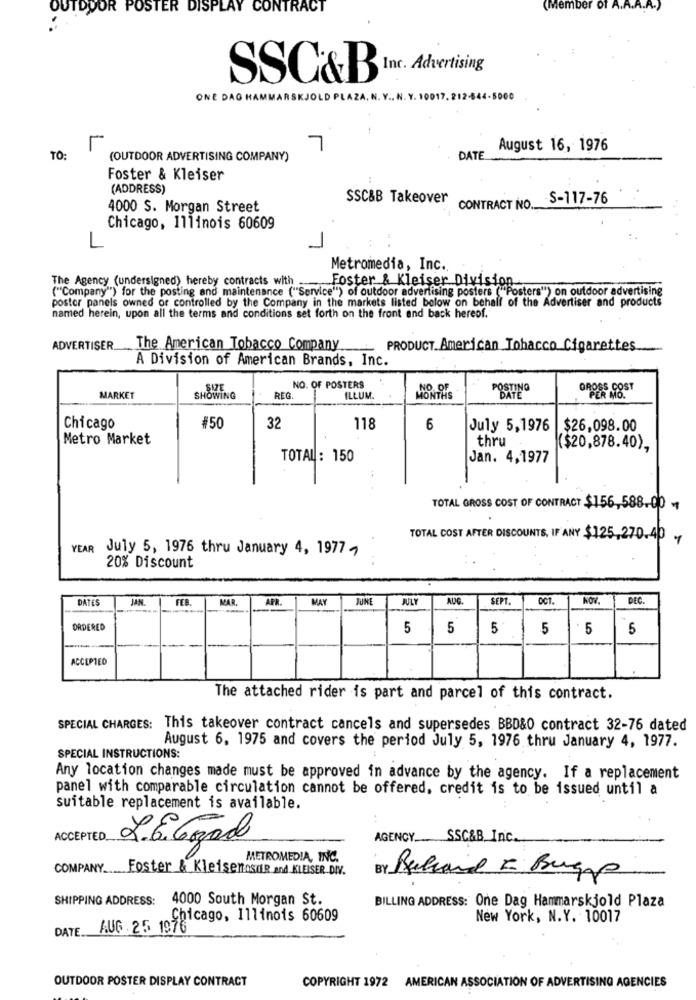
OUTDOOR POSTER DISPLAY CONTRACT
(Member of A.A.R.R.
Inc. Advertising
SSC&B
ONE DAG HAMMARSKJOLD PLAZA, N. Y ., N. Y. 10017. 212-644-5000
7
August 16, 1976
TO:
(OUTDOOR ADVERTISING COMPANY)
DATE
Foster & Kleiser
(ADDRESS)
SSC&B Takeover
-S-117-76
4000 S. Morgan Street
CONTRACT NO.
Chicago, Illinois 60609
L
Metromedia, Inc.
The Agency (undersigned) hereby contracts with
("Company") for the posting and maintenance ("Service") of outdoor advertising posters ("Posters") on outdoor advertising
Foster & Kleiser Division
poster panels owned or controlled by the Company in the markets listed below on behalf of the Advertiser and products
named herein, upon all the terms and conditions set forth on the front and back hereof.
ADVERTISER
The American Tobacco Company
PRODUCT. American Tobacco Cigarettes
A Division of American Brands, Inc.
NO. OF POSTERS
GROSS COST
MARKET
SHOWING
REG
ILLUM.
DATE
PER MO.
Chicago
#50
32
118
6
July 5,1976 $26,098.00
Metro Market
thru
($20,878.40),
TOTAL: 150
Jan. 4,1977
TOTAL GROSS COST OF CONTRACT $156,588.00 1
TOTAL COST AFTER DISCOUNTS, IF ANY $125,270.40 1
YEAR
July 5, 1976 thru January 4, 1977 7
20% Discount
DATES
JAN
FEB.
MAR
APR
MAY
JUNE
JULY
AUG.
SEPT.
NOV.
DEC.
ORDERED
5
5
5
5
: 5
5
ACCEPTED
The attached rider is part and parcel of this contract.
SPECIAL CHARGES: This takeover contract cancels and supersedes BBD&O contract 32-76 dated
August 6. 1975 and covers the period July 5, 1976 thru January 4, 1977.
SPECIAL INSTRUCTIONS:
Any location changes made must be approved in advance by the agency. If a replacement
panel with comparable circulation cannot be offered, credit is to be issued until a
suitable replacement is available.
ACCEPTED.
AGENCY ...
SSC&B_Inc.
L.E. Ggad
METROMEDIA, INC.
COMPANY Foster & KleiserOSTR and KLEISER DIV.
, Buchard E Bugp
SHIPPING ADDRESS:
4000 South Morgan St.
BILLING ADDRESS: One Dag Hammarskjold Plaza
Chicago, Illinois 60609
New York, N.Y. 10017
DATE
AUG 25 1976
OUTDOOR POSTER DISPLAY CONTRACT
COPYRIGHT 1972 AMERICAN ASSOCIATION OF ADVERTISING AGENCIES